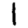
Digit: 1